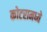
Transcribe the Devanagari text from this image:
कोटरामध्ये